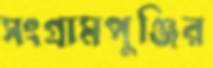
সংগ্রামপুঞ্জির